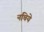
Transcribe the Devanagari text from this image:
नचिये